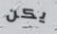
يكن